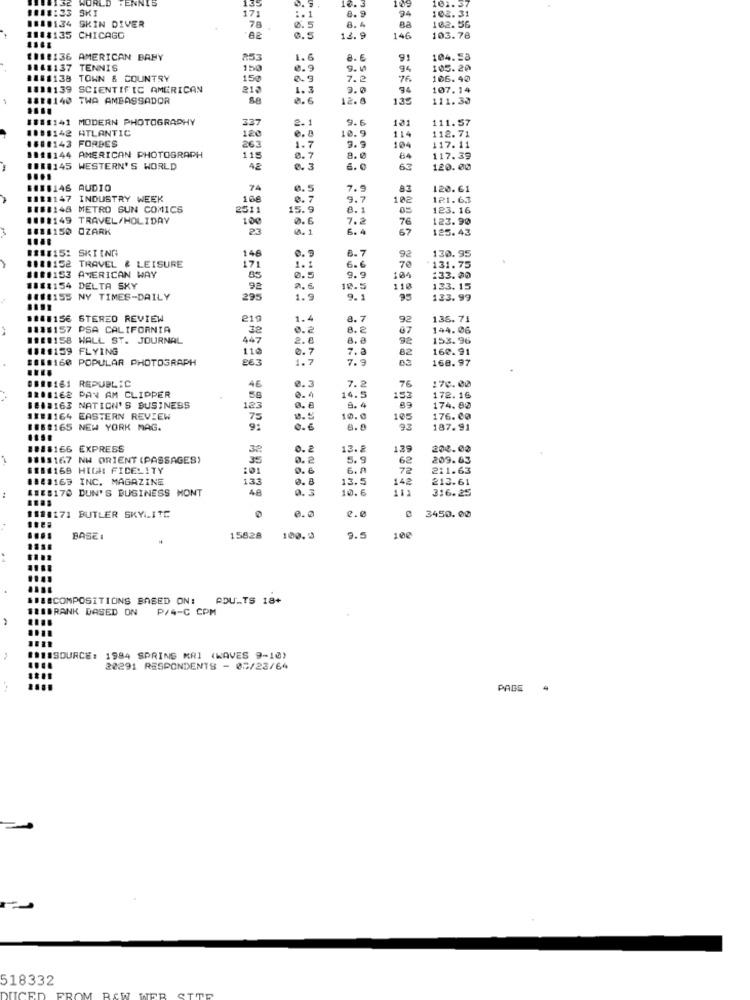
WORLD
ENNIS
101. 37
1818:23 SKI
17:
*. 1
10. 3
94
102.31
1880134 SKIN DIVER
0.5
78
8.4
102.56
1118135 CHICAGO
0.5
12.9
146
103.78
11:136 AMERICAN BABY
253
1. 6
8. €
104.58
1148137 TENNIS
150
0.9
9.5
94
105.20
1181138 TOWN & COUNTRY
150
0.9
7.2
76
106.40
1811139 SCIENTIFIC AMERICAN
213
1.3
0.0
94
107.14
8810140 TWA AMBASSADOR
se
0.6
12.6
135
111.30
111:141 MODERN PHOTOGRAPHY
337
2.
9.6
121
111.57
1198142 ATLANTIC
120
10.9
112.71
08:0143 FORDES
e. 8
114
117.11
263
1.7
9.9
104
1148144 AMERICAN PHOTOGRAPH
115
8.7
8.0
84
117.39
##88145 WESTERN'S WORLD
0. 3
6.0
63
120.00
BBBLAS AUDIO
74
0. 5
7.9
83
120.61
####147 INDUSTRY WEEK
100
8.7
9.7
102
121.63
818:148 METRO SUN COMICS
2511
15.9
6.1
123. 16
1101149 TRAVEL/HOLIDAY
100
0.6
7.2
76
123.90
1811150 OZARK
23
0.1
67
125. 43
####15: SKIING
148
171
0. 9
B.7
92
130.95
####152 TRAVEL & LEISURE
#18:153 AMERICAN WAY
1.
6.6
70
131.75
85
0.5
9.g
104
133.00
#11:154 DELTA SKY
92
2.5
18.5
110
133.15
WEBE155 NY TIMES-DAILY
295
1.9
9.1
133.99
1181156 STERED REVIEW
219
1.4
8.7
92
135.71
011:157 PSA CALIFORNIA
32
8. 2
87
144.06
19:8158 WALL ST. JOURNAL
447
2.8
8. e
92
153.96
#$1:159 FLYING
110
0.7
7.3
160.91
#8:#160 POPULAR PHOTOGRAPH
263
1.7
7.9
82
168. 97
BBBB161 REPUBLIC
170.00
1108168 PAN AM CLIPPER
46
0.3
7.2
76
58
0.4
14. 5
153
172.16
BEIRI63 NATION'S BUSINESS
123
0. 8
8.4
89
174.00
11:1164 EASTERN REVIEW
75
10.0
105
176.00
188:165 NEW YORK MAG.
9:
0.6
8.9
187. 91
1888166 EXPRESS
32
0. 2
13.8
139
200.00
1815167 NW ORIENT (PASSAGES)
35
0.2
5.9
62
209.63
$181169 HIGH FIDELITY
10
0.6
6. A
72
211.63
1140169 INC. MAGAZINE
1.33
13.5
14ª
213.61
18E8170 DUN'S BUSINESS MONT
48
0. 3
10.6
11)
316.25
0.0
₡.0
1820171 BUTLER SKYLITE
3450.00
BASE I
15828
100. 0
9.5
100
####COMPOSITIONS BASED ON:
ADULTS 18+
SISBRANK DASED ON P/4-C CPM
....
.. 18SOURCE: 1984 SPRING MRI (WAVES 9-10)
20291 RESPONDENTS - 05/23/64
PAGE
4
518332
UCED